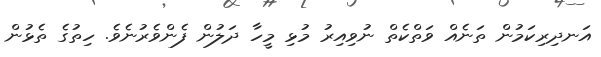
އަނދިރިކަމުން ތަނެއް ވަތްކެތް ނުވިއިރު މުޅި މީހާ ދަލުން ފެންވެރުނެވެ. ހިތުގެ ތެޅުން